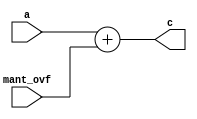
// This program was cloned from: https://github.com/manish-kj/Posit-HDL-Arithmetic
// License: BSD 3-Clause "New" or "Revised" License

module add_mantovf (a,mant_ovf,c);
parameter N=10;
input [N:0] a;
input mant_ovf;
output [N:0] c;
assign c = a + mant_ovf;
endmodule